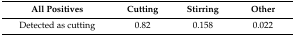
| All Positives | Cutting | Stirring | Other |
 | --- | --- | --- | --- |
 | Detected as cutting | 0.82 | 0.158 | 0.022 |